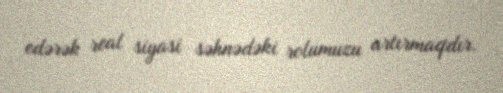
edərək real siyasi səhnədəki rolumuzu artırmaqdır.